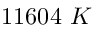
1 1 6 0 4 \ K